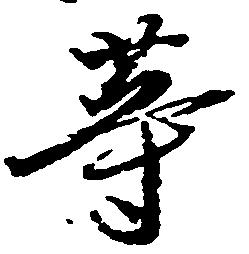
等